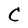
Character: C